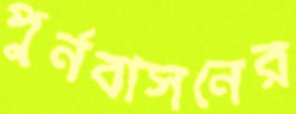
পুর্নবাসনের